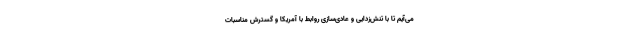
می‌آیم تا با تنش‌زدایی و عادی‌سازی روابط با آمریکا و گسترش مناسبات